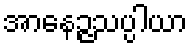
အာနေဉ္ဇသပ္ပါယာ